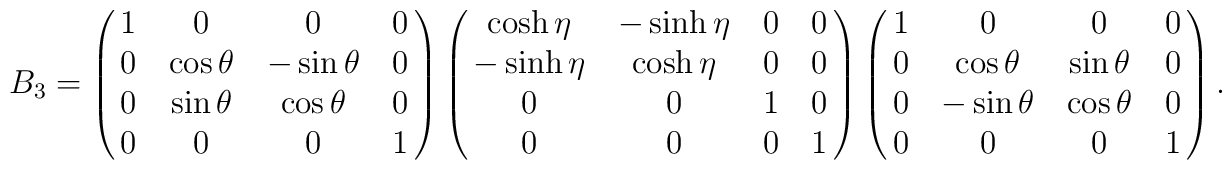
B_{3} = \pmatrix{1 & 0 & 0 & 0 \cr0 & \cos\theta & -\sin\theta & 0 \cr0 & \sin\theta & \cos\theta & 0 \cr 0 & 0 & 0 & 1}\pmatrix{\cosh\eta & -\sinh\eta & 0 & 0 \cr-\sinh\eta & \cosh\eta & 0 & 0 \cr0 & 0 & 1 & 0 \cr 0 & 0 & 0 & 1}\pmatrix{1 & 0 & 0 & 0 \cr 0 & \cos\theta & \sin\theta & 0 \cr0 & -\sin\theta & \cos\theta & 0 \cr 0 & 0 & 0 & 1} .